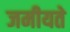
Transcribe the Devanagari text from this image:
जमीयते